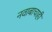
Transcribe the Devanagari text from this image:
नवाबाचाही